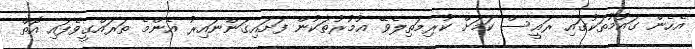
އެހެން ގައުމުތަކުގައި ރައީސް ކަމަށް ކުރިމަތިލެވޭ އުމުރުތަކުން ފަށައިގަންނައިރު އެންމެ ތަރައްގީވެފައި އޮތް